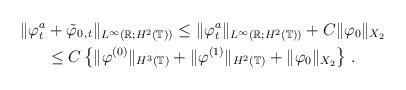
LaTeX: \begin{align*}\Vert\varphi^a_t &+\tilde{\varphi}_{0\,,t}\Vert_{L^\infty(\mathbb R;H^2(\mathbb T))}\le \Vert\varphi^a_t\Vert_{L^\infty(\mathbb R;H^2(\mathbb T))}+ C \Vert\varphi_0\Vert_{X_2}\\&\le C\left\{\Vert\varphi^{(0)}\Vert_{H^3(\mathbb T)}+\Vert\varphi^{(1)}\Vert_{H^2(\mathbb T)}+\Vert\varphi_0\Vert_{X_2} \right\} \,.\end{align*}